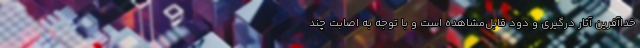
خداآفرین آثار درگیری و دود قابل‌مشاهده است و با توجه به اصابت چند